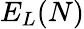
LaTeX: E_{L}(N)